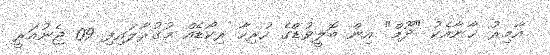
އާމިރު ޚާނާއެކު "ދޫމް" އިން ބޮލީވުޑްގެ ހުރިހާ ރިކޯޑެއް މުގުރާލައިފި 09 ޖެނުއަރީ